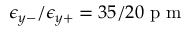
\epsilon _ { y - } / \epsilon _ { y + } = 3 5 / 2 0 \mathrm { ~ p ~ m ~ }